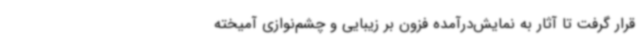
قرار گرفت تا آثار به نمایش‌درآمده فزون بر زیبایی و چشم‌نوازی آمیخته